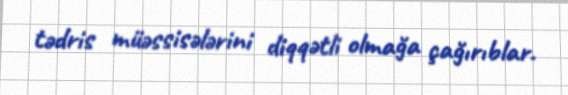
tədris müəssisələrini diqqətli olmağa çağırıblar.